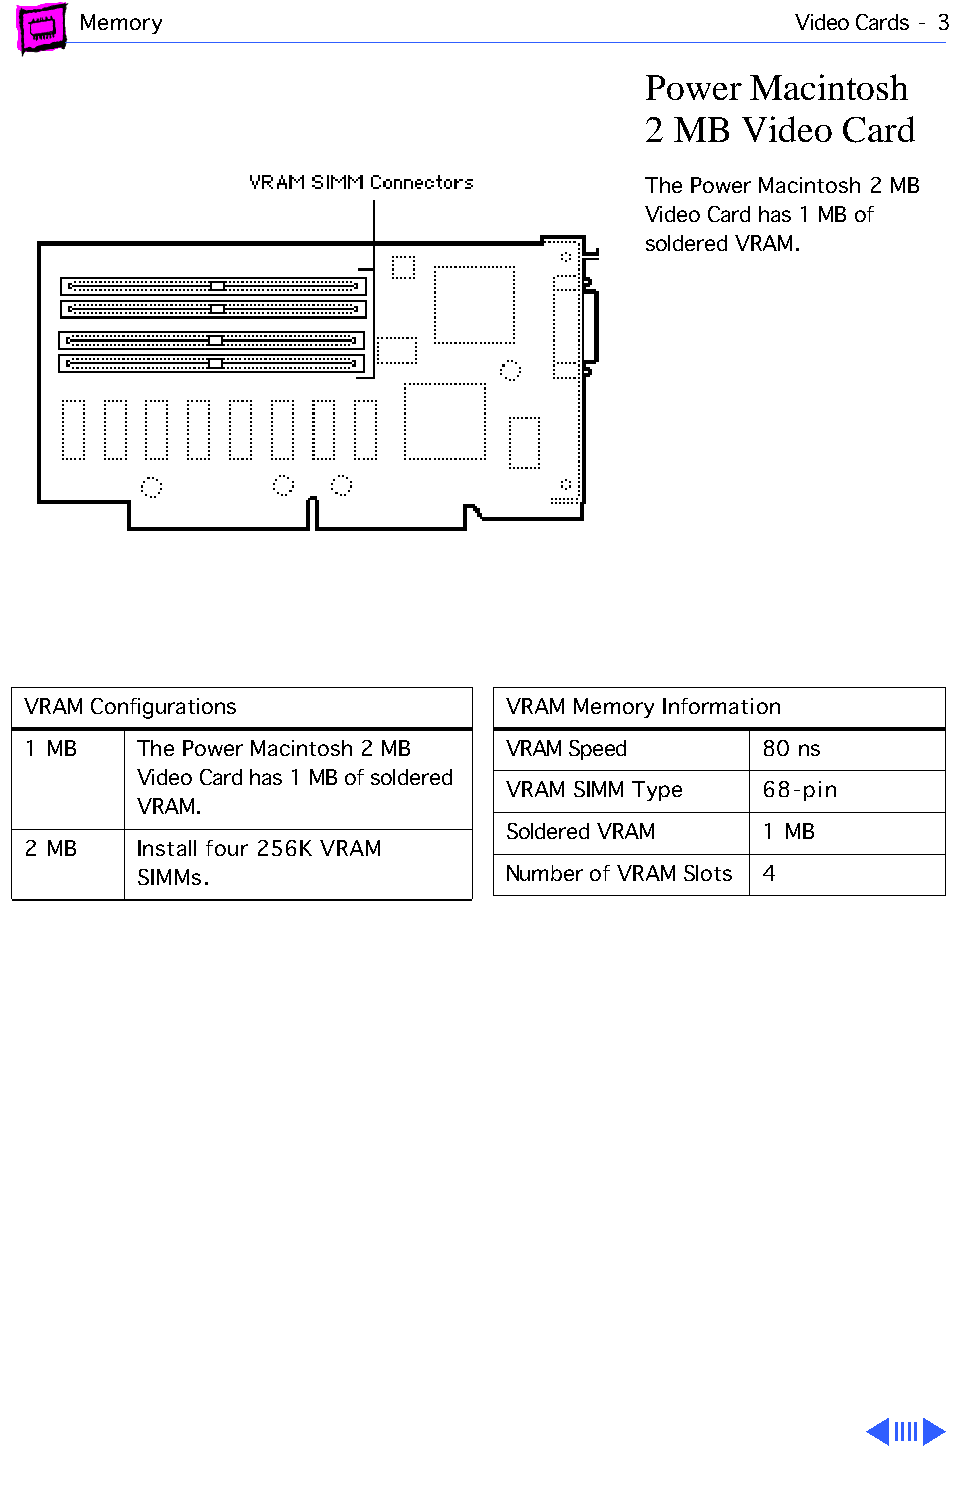
Memory                                         Video Cards - 3
 Power  Macintosh
 2 MB   Video Card
 The Power Macintosh 2 MB
 Video Card has 1 MB of
 soldered VRAM.
 VRAM Configurations             VRAM Memory Information
 1 MB    The Power Macintosh 2 MB VRAM Speed      80 ns
 Video Card has 1 MB of soldered
 VRAM SIMM Type   68-pin
 VRAM.
 Soldered VRAM    1 MB
 2 MB    Install four 256K VRAM
 SIMMs.                  Number of VRAM Slots 4